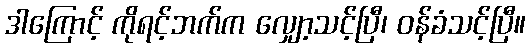
ဒါကြောင့် ကိုရင့်ဘက်က လျှော့သင့်ပြီ၊ ဝန်ခံသင့်ပြီ။